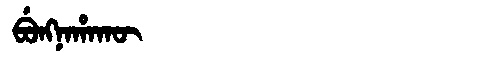
Manchu: ᠪᡠᠩᠨᠠᡥᠠᡴᡡ
Romanization: BUNGNAHAKŪ